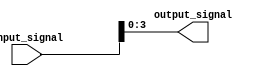
module bit_select_assign (
    input [7:0] input_signal,
    output [3:0] output_signal
);

assign output_signal = input_signal[3:0];

endmodule